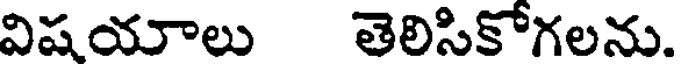
విషయాలు తెలిసికోగలను.